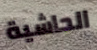
الحاشية